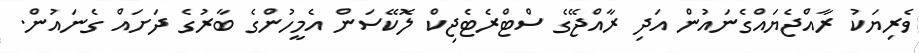
ވެރިޔަކު ރާއްޖެޔައްގެނައުން އަދި ރާއްޖޭގެ ސްޓްރެޓެޖިކް ލޮކޭސަން އެމީހުންގެ ބާރުގެ ދަށައް ގެނައުން.